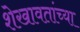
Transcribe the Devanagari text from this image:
शेखावतांच्या